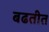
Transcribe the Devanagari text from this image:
बढतीत